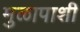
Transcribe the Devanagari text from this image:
मुळापाशी